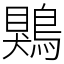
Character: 鶪